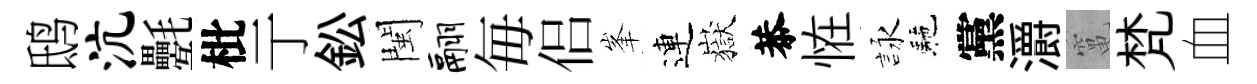
鸱沆氎枇亍鈆閩翮毎侣峯連嶽恭恠詠駰黨灂𥧄梵血